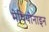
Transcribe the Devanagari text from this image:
मेथियोनाइन